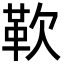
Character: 𩉢